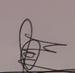
Signature authenticity: genuine